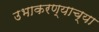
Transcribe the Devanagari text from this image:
उभाकरण्याच्या